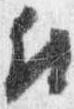
付